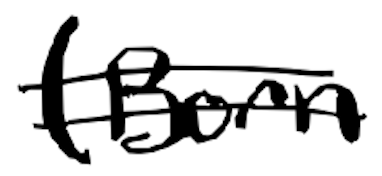
Text: (born
Cross-out: double-line
Writing tool: digital_black